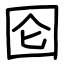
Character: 囵